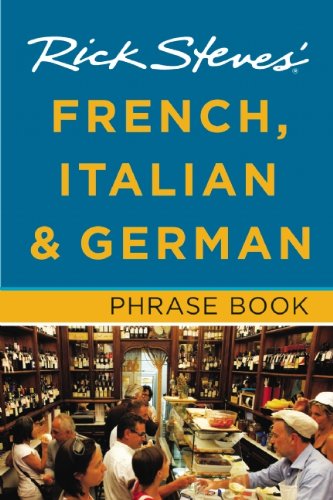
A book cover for Rick Steves' French, Italian & German Phrase Book; Rick Steves; Travel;